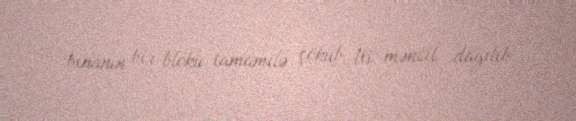
binanın bir bloku tamamilə çöküb, 16 mənzil dağılıb.